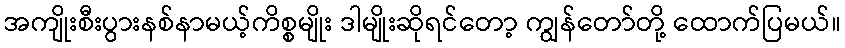
အကျိုးစီးပွားနစ်နာမယ့်ကိစ္စမျိုး ဒါမျိုးဆိုရင်တော့ ကျွန်တော်တို့ ထောက်ပြမယ်။